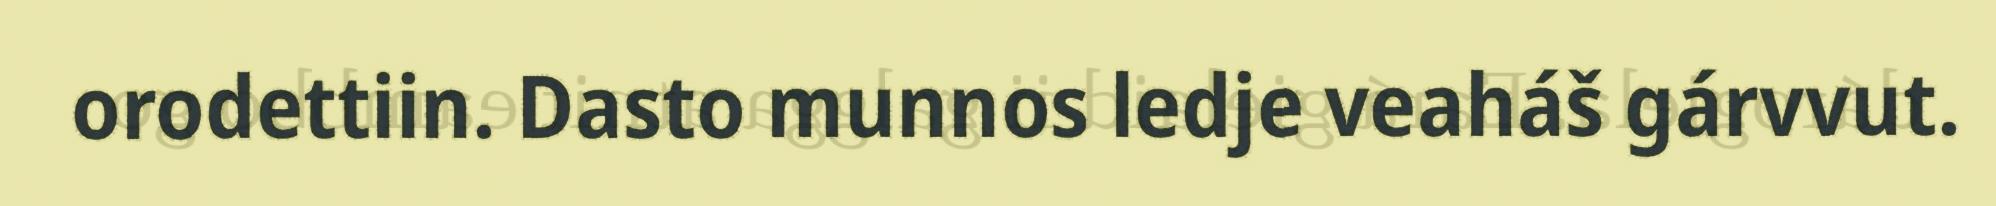
orodettiin. Dasto munnos ledje veaháš gárvvut.